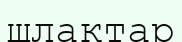
шлактар